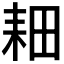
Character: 𫅹